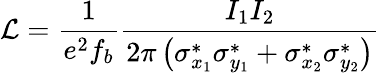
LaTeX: {\cal L}=\frac{1}{e^{2}f_{b}}\frac{I_{1}I_{2}}{2\pi\left(\sigma_{x_{1}}^{*}\sigma_{y_{1}}^{*}+\sigma_{x_{2}}^{*}\sigma_{y_{2}}^{*}\right)}